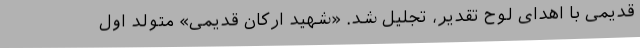
قدیمی با اهدای لوح تقدیر، تجلیل شد. «شهید ارکان قدیمی» متولد اول